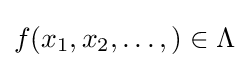
f(x_{1},x_{2},\dots ,)\in \Lambda